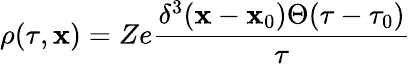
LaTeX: \rho(\tau,\mathbf{x})=Ze\frac{\delta^{3}(\mathbf{x}-\mathbf{x}_{0})\Theta(\tau-\tau_{0})}{\tau}